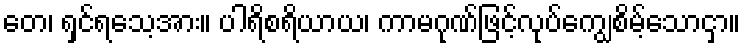
တေ၊ ရှင်ရသေ့အား။ ပါရိစရိယာယ၊ ကာမဂုဏ်ဖြင့်လုပ်ကျွေစိမ့်သောငှာ။